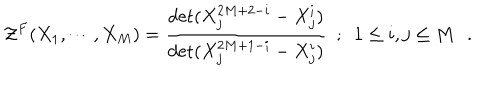
LaTeX: { \cal { Z } } ^ { F } ( X _ { 1 } , \cdots , X _ { M } ) = { \frac { \det ( X _ { j } ^ { 2 M + 2 - i } - X _ { j } ^ { i } ) } { \det ( X _ { j } ^ { 2 M + 1 - i } - X _ { j } ^ { i } ) } } ~ ~ ; ~ ~ 1 \le i , j \le M \, \, \, \, .